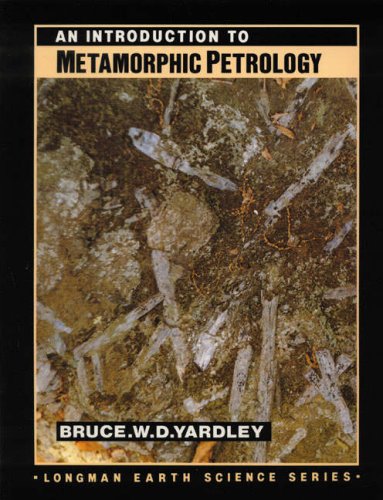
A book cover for An Introduction to Metamorphic Petrology (Longman Earth Science Series); B.W.D. Yardley; Science & Math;